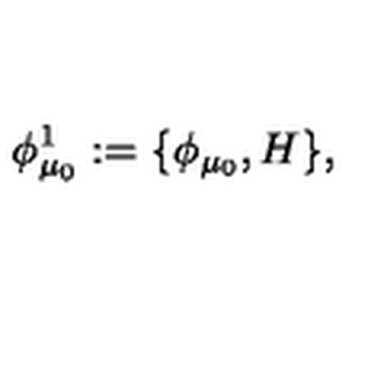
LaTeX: \phi _ { \mu _ { 0 } } ^ { 1 } : = \{ \phi _ { \mu _ { 0 } } , H \} ,